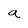
Character: a